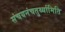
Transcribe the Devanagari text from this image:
संचयनंचतुर्थ्यामिति